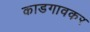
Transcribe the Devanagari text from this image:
काडगावकर